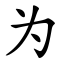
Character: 为